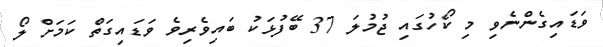
ވަޑައިގެންނެވި މި ކޯހުގައި ޖުމުލަ 37 ބޭފުޅަކު ބައިވެރިވެ ވަޑައިގަތް ކަމަށް ލޯ